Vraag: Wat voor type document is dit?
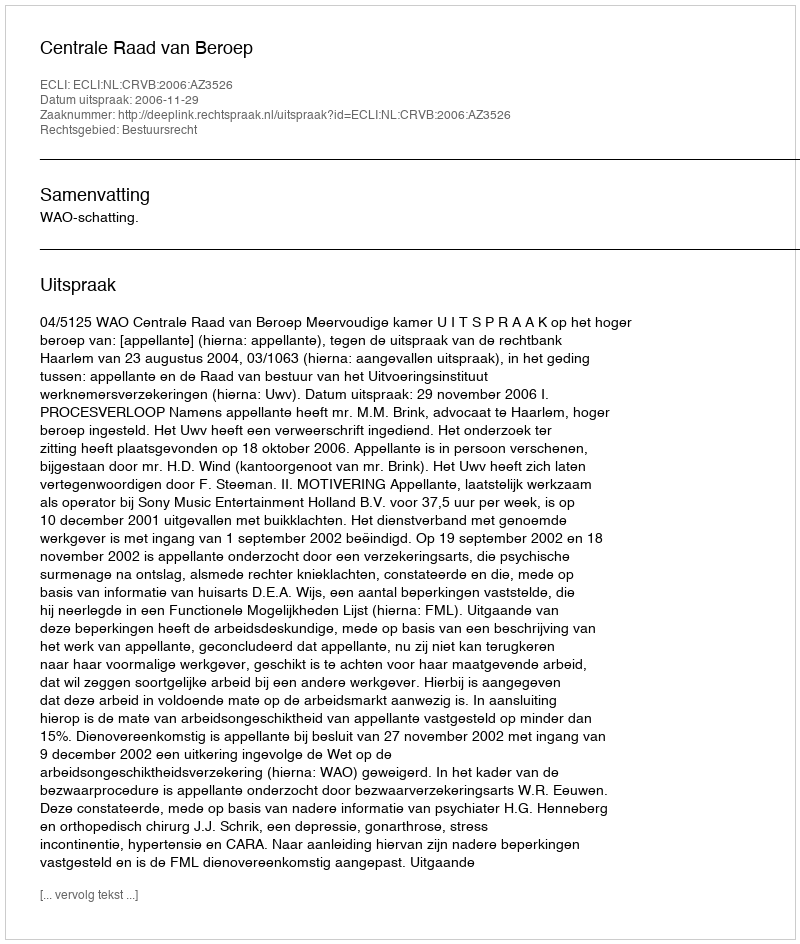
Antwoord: Uitspraak